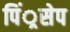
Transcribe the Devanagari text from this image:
पिं्रसेप